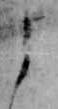
よ